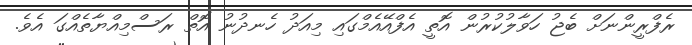
ރެފްރީންނަށް ބެޖު ހަވާލުކުރުން އޮތީ އެފްއޭއެމްގައި މިއަދު ހެނދުނު އޮތް ރަސްމިއްޔާތެއްގަ އެވެ.